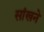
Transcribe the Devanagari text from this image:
सांखने